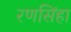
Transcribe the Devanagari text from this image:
रणसिंहा